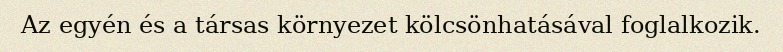
Az egyén és a társas környezet kölcsönhatásával foglalkozik.